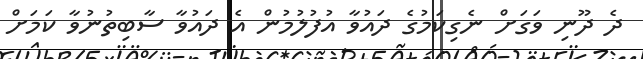
ދެ ދޫނި ވަގަށް ނެގިކަމުގެ ދައުވާ އުފުލުމުން އެ ދައުވާ ސާބިތުނުވާ ކަމަށް